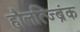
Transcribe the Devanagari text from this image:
हौलत्ज्ब्रिंक